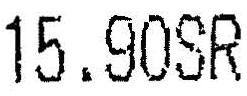
15.90SR